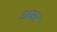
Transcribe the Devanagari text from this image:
उसमर